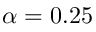
\alpha = 0 . 2 5